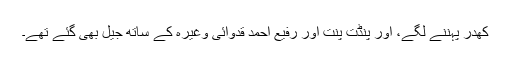
کھدر پہننے لگے، اور پنڈت پنت اور رفیع احمد قدوائی وغیرہ کے ساتھ جیل بھی گئے تھے۔